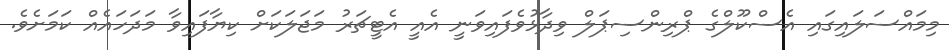
މިމައްސަލައިގައި އެސްކޫލްގެ ޕްރިންސިޕަލް ވިދާޅުވެފައިވަނީ އެއީ އެޓީޗަރު މަޖަލަކަށް ކިޔާފައިވާ މަދަހައެއް ކަމަށެވެ.